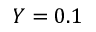
Y = 0 . 1